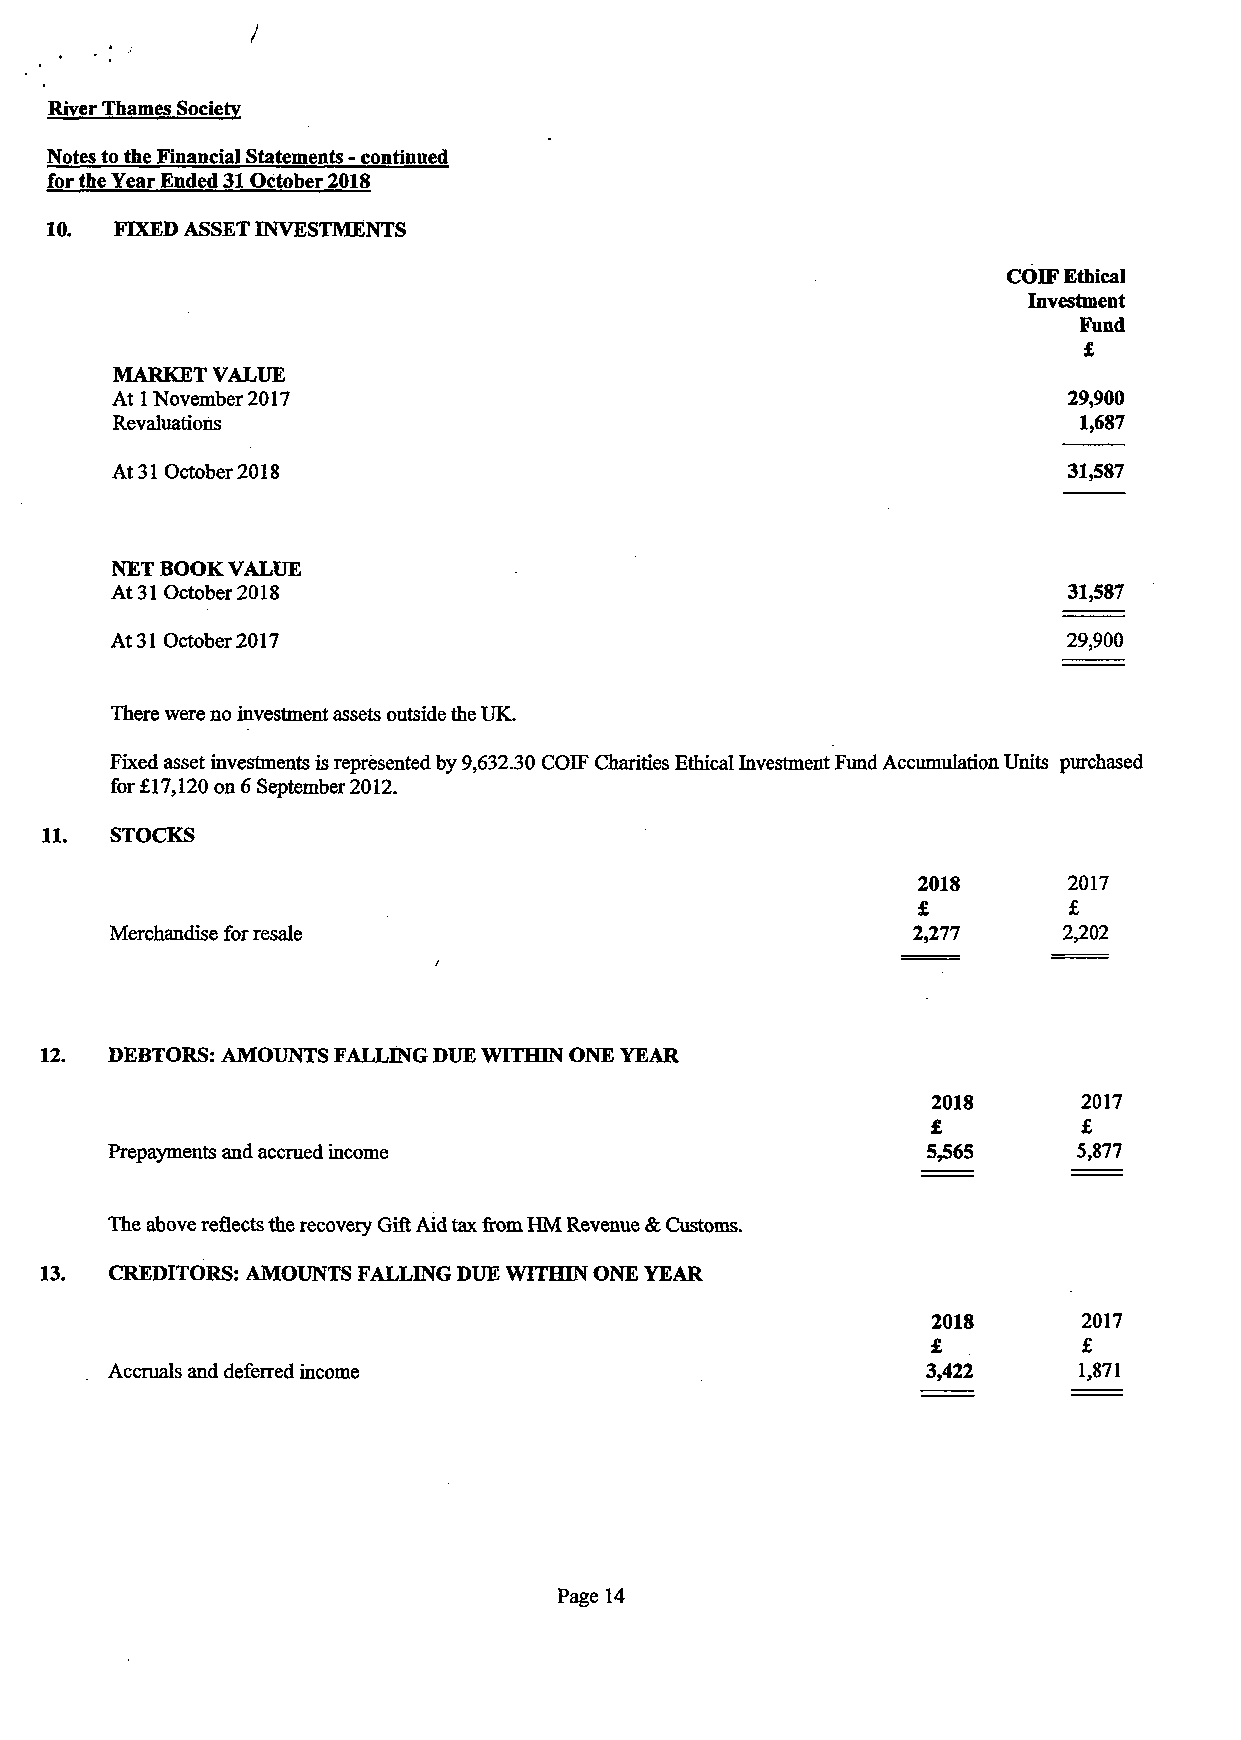
River Thames Society
 Notes to the Financial Statements - continued
 for the Year Ended 31 October 2018
 10.  FIXED ASSET INVESTMENTS
 COIF Ethical
 Investment
 Fund
 £
 MARKET VALUE
 At 1 November 2017                                              29,900
 Revaluations                                                     1,687
 At 31 October 2018                                              31,587
 NET BOOK VALUE
 At 31 October 2018                                              31,587
 At 31 October 2017                                              29,900
 There were no investment assets outside the UK.
 Fixed asset investments is represented by 9,632.30 COIF Charities Ethical Investment Fund Accumulation Units purchased
 for £17,120 on 6 September 2012.
 11.  STOCKS
 2018      2017
 £         £
 Merchandise for resale                                2,277    2,202
 12. DEBTORS: AMOUNTS FALLING DUE WITHIN ONE YEAR
 2018      2017
 £         £
 Prepayments and accrued income                         5,565     5,877
 The above reflects the recovery Gift Aid tax from HM Revenue & Customs.
 13. CREDITORS: AMOUNTS FALLING DUE WITHIN ONE YEAR
 2018      2017
 £         £
 Accruals and deferred income                          3,422      1,871
 Page 14